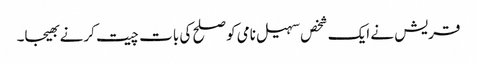
قریش نے ایک شخص سہیل نامی کو صلح کی بات چیت کرنے بھیجا۔